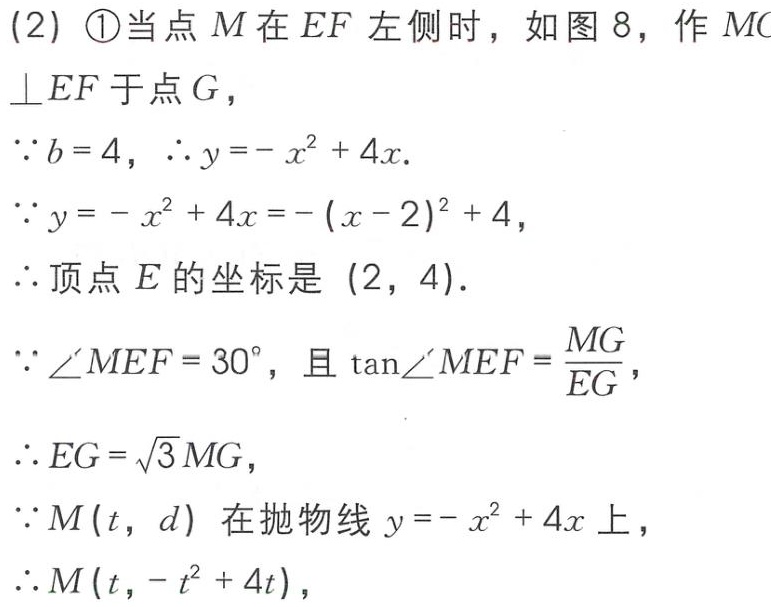
(2) \textcircled{1}当点 \(M\) 在 \(EF\) 左侧时，如图 8，作 \(MC\perp EF\) 于点 \(G\)，
\(\because b = 4\)，\(\therefore y=-x^{2}+4x\).
\(\because y=-x^{2}+4x=-(x - 2)^{2}+4\)，
\(\therefore\)顶点 \(E\) 的坐标是 \((2,4)\).
\(\because\angle MEF = 30^{\circ}\)，且 \(\tan\angle MEF=\frac{MG}{EG}\)，
\(\therefore EG=\sqrt{3}MG\)，
\(\because M(t,d)\) 在抛物线 \(y=-x^{2}+4x\) 上，
\(\therefore M(t,-t^{2}+4t)\)，